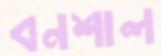
বনশাল